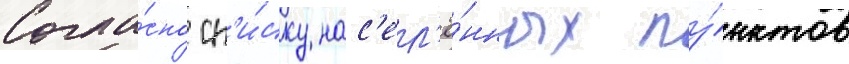
Согла́сно сп'и́ску нас'ел'ё́нных пу́нктов